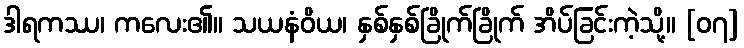
ဒါရကဿ၊ ကလေး၏။ သယနံဝိယ၊ နှစ်နှစ်ခြိုက်ခြိုက် အိပ်ခြင်းကဲ့သို့။ [၀၇]